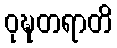
ဝုဍ္ဎတရာတိ